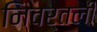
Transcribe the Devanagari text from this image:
निवर्तली